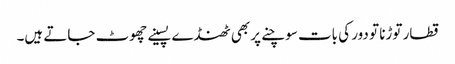
قطار توڑنا تو دور کی بات سوچنے پر بھی ٹھنڈے پسینے چھوٹ جاتے ہیں۔